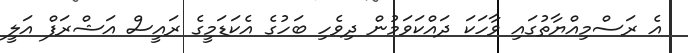
އެ ރަސްމިއްޔާތުގައި ވާހަކަ ދައްކަވަމުން ދިވެހި ބަހުގެ އެކަޑަމީގެ ރައީސް އަޝްރަފް އަލީ